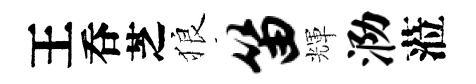
王呑芝狼笛輝泐蒞